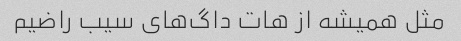
مثل همیشه از هات داگ‌های سیب راضیم